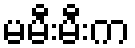
မမီးမီးက